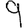
Digit: 9